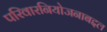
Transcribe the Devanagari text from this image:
परिवारनियोजनाबद्दल